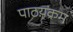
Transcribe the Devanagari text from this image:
पाठय़क्रम